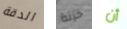
الدقة خزنة أن